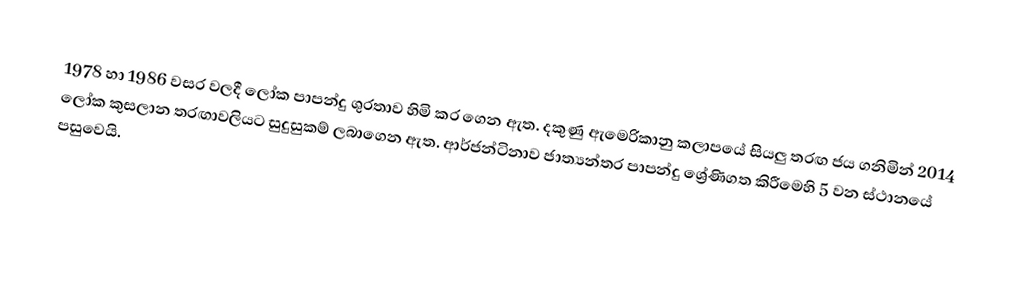
1978 හා 1986 වසර වලදී ලෝක පාපන්දු ශුරතාව හිමි කර ගෙන ඇත. දකුණු ඇමෙරිකානු කලාපයේ සියලු තරඟ ජය ගනිමින් 2014 ලෝක කුසලාන තරඟාවලියට සුදුසුකම් ලබාගෙන ඇත. ආර්ජන්ටිනාව ජාත්‍යන්තර පාපන්දු ශ්‍රේණිගත කිරීමෙහි 5 වන ස්ථානයේ පසුවෙයි.